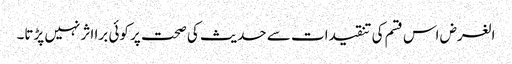
الغرض اس قسم کی تنقیدات سے حدیث کی صحت پر کوئی برا اثر نہیں پڑتا۔